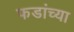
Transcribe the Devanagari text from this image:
फडांच्या